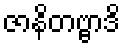
ဇာနိတဗ္ဗာဒိ